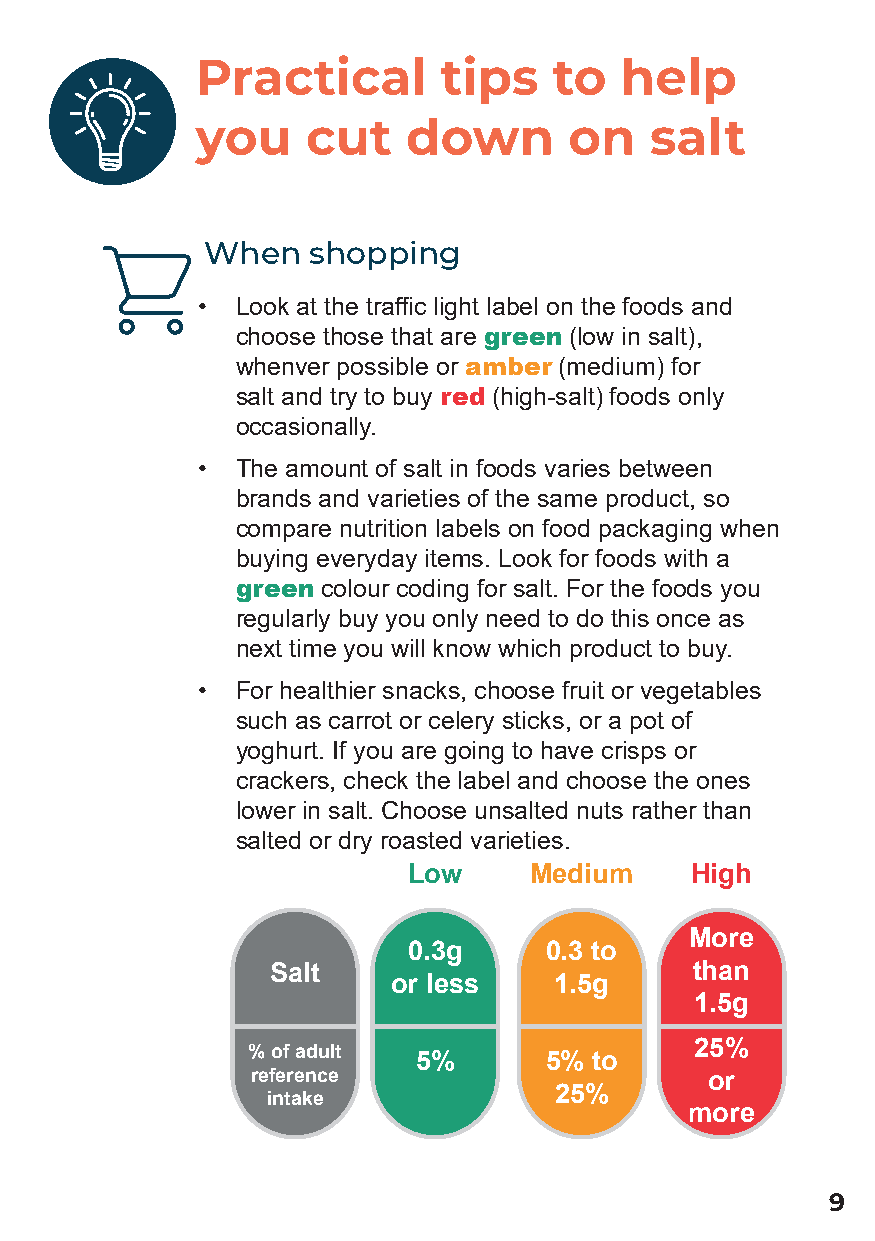
Practical       tips    to  help
 you    cut    down       on   salt
 When   shopping
 •  Look at the traffic light label on the foods and
 choose those that are green (low in salt),
 whenver possible or amber (medium) for
 salt and try to buy red (high-salt) foods only
 occasionally.
 •  The amount of salt in foods varies between
 brands and varieties of the same product, so
 compare nutrition labels on food packaging when
 buying everyday items. Look for foods with a
 green colour coding for salt. For the foods you
 regularly buy you only need to do this once as
 next time you will know which product to buy.
 •  For healthier snacks, choose fruit or vegetables
 such as carrot or celery sticks, or a pot of
 yoghurt. If you are going to have crisps or
 crackers, check the label and choose the ones
 lower in salt. Choose unsalted nuts rather than
 salted or dry roasted varieties.
 Low     Medium     High
 More
 0.3g     0.3 to
 Salt                        than
 or less    1.5g
 1.5g
 25%
 % of adult
 5%       5% to
 reference                     or
 25%
 intake
 more
 9